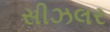
સીઝલર